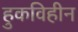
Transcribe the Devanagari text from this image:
हुकविहीन